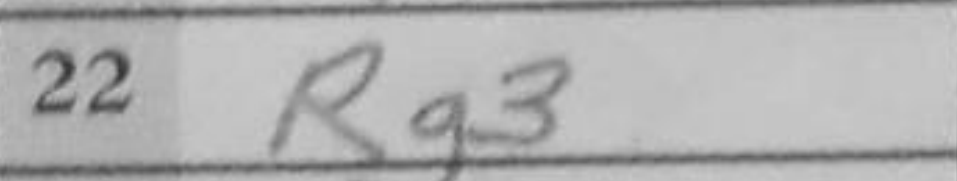
Transcription: Rg3